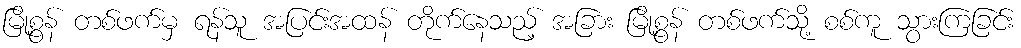
မြို့စွန် တစ်ဖက်မှ ရန်သူ အပြင်းအထန် တိုက်နေသည့် အခြား မြို့စွန် တစ်ဖက်သို့ စစ်ကူ သွားကြခြင်း